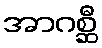
အာဂစ္ဆီ